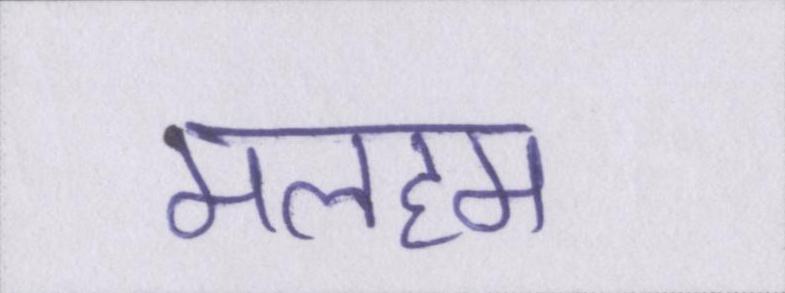
मलहम